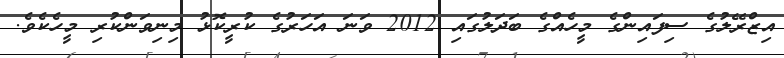
އިޒްރޭލުގެ ސިފައިންގެ މީހެއްގެ ބަދަލުގައި 2012 ވަނަ އަހަރުގެ ކުރީކޮޅު މިނިވަންކުރި މީހެކެވެ.